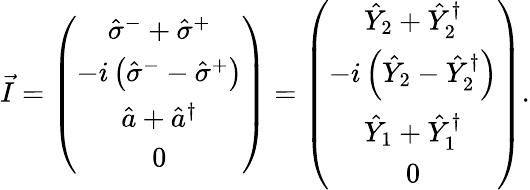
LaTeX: \vec{I}=\left(\begin{array}{c}{\hat{\sigma}^{-}+\hat{\sigma}^{+}}\\ {-i\left(\hat{\sigma}^{-}-\hat{\sigma}^{+}\right)}\\ {\hat{a}+\hat{a}^{\dagger}}\\ {0}\end{array}\right)=\left(\begin{array}{c}{\hat{Y}_{2}+\hat{Y}_{2}^{\dagger}}\\ {-i\left(\hat{Y}_{2}-\hat{Y}_{2}^{\dagger}\right)}\\ {\hat{Y}_{1}+\hat{Y}_{1}^{\dagger}}\\ {0}\end{array}\right).